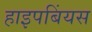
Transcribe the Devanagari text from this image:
हाइपबिंयस